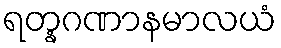
ရတ္နဂဏာနမာလယံ